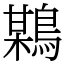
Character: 𪃏